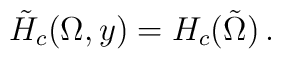
\tilde H_c(\Omega,y)=H_c(\tilde\Omega)\,.